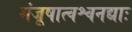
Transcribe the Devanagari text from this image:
मंजूषात्वश्वनद्याः